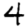
Digit: 4